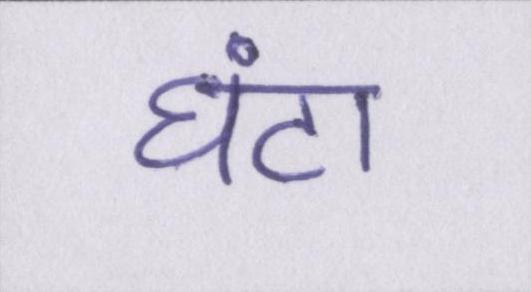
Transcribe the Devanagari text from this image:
घंटा